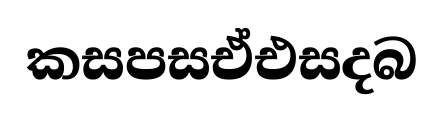
කසපසඒඑසදබ